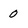
Character: 0